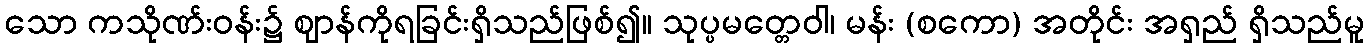
သော ကသိုဏ်းဝန်း၌ ဈာန်ကိုရခြင်းရှိသည်ဖြစ်၍။ သုပ္ပမတ္တေဝါ၊ မန်း (စကော) အတိုင်း အရှည် ရှိသည်မူ